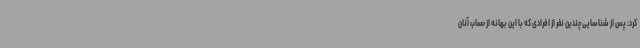
کرد: پس از شناسایی چندین نفر از افرادی که با این بهانه از حساب آنان